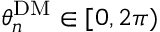
\theta _ { n } ^ { \mathrm { D M } } \in [ 0 , 2 \pi )